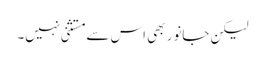
لیکن جانور بھی اس سے مستثنی نہیں۔